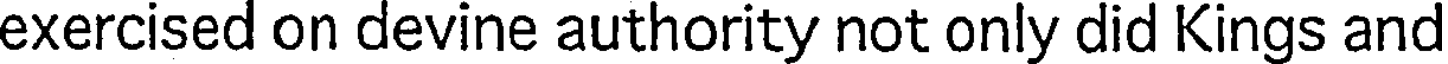
exercised on devine authority not only did Kings and